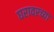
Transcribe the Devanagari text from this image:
घरावरच्या